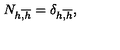
N _ { h \overline { { , h } } } = \delta _ { h \overline { { , h } } } ,